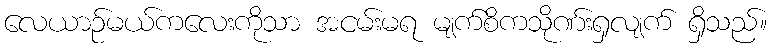
လေယာဉ်မယ်ကလေးကိုသာ အငမ်းမရ မျက်စိကသိုဏ်းရှလျက် ရှိသည်။